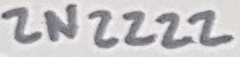
Text: 2N2222